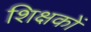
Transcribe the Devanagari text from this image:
शिक्षकों